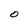
Character: O